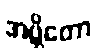
အဗ္ဘိတော